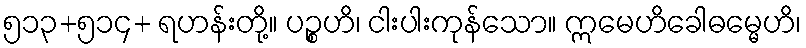
၅၁၃+၅၁၄+ ရဟန်းတို့။ ပဉ္စဟိ၊ ငါးပါးကုန်သော။ ဣမေဟိခေါဓမ္မေဟိ၊